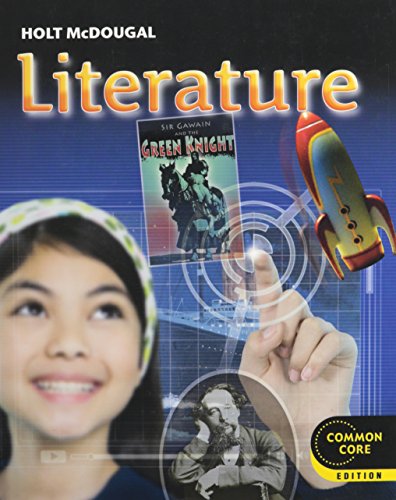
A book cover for Holt McDougal Literature: Student Edition Grade 7 2012; Janet Allen; Teen & Young Adult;